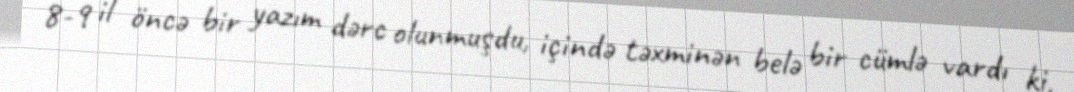
8-9 il öncə bir yazım dərc olunmuşdu, içində təxminən belə bir cümlə vardı ki,